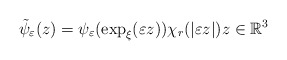
\begin{align*}\tilde{\psi}_{\varepsilon}(z)=\psi_{\varepsilon}(\exp_{\xi}(\varepsilon z))\chi_{r}(|\varepsilon z|)z\in\mathbb{R}^{3}\end{align*}